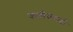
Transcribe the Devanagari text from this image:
कठीकवाडी